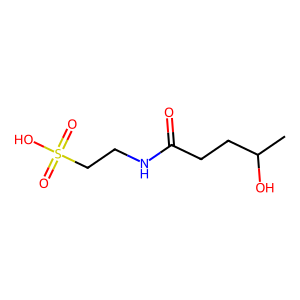
SMILES: CC(O)CCC(=O)NCCS(=O)(=O)O
Inhibits HIV replication: No